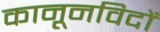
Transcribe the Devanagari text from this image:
कानूनविदों